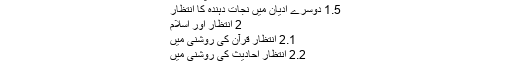
1.1 انتظار لغت اور نفسیات میں
1.2 اصطلاح میں
1.3 موضوعِ انتظار
1.4 انتظار کا پس منظر
1.5 دوسرے ادیان میں نجات دہندہ کا انتظار
2 انتظار اور اسلام
2.1 انتظار قرآن کی روشنی میں
2.2 انتظار احادیث کی روشنی میں
2.3 انتظار اہل سنت کی نظر میں
3 شیعہ عقیدہ
4 امام مُنتَظَر کے اوصاف
5 انتظار کیوں اور کیسے؟